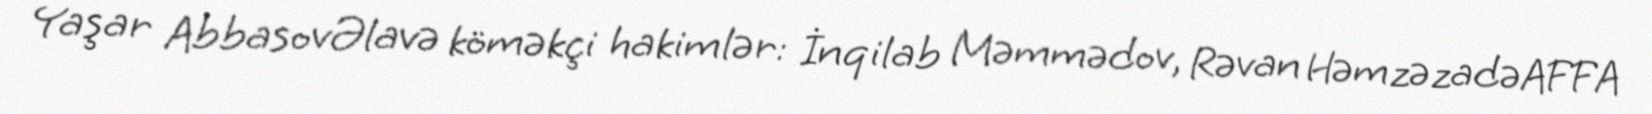
Yaşar AbbasovƏlavə köməkçi hakimlər: İnqilab Məmmədov, Rəvan HəmzəzadəAFFA